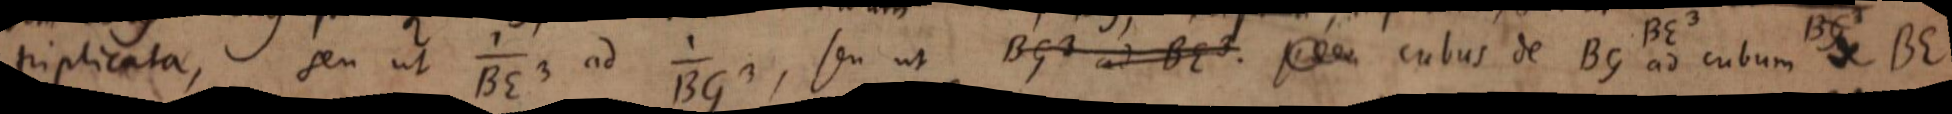
triplicata, seu ut _ ad _, seu ut BG³ ad BE³ seu cubus de BG ad cubum de BE